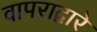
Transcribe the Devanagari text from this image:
वापराद्वारे